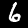
Label: 6